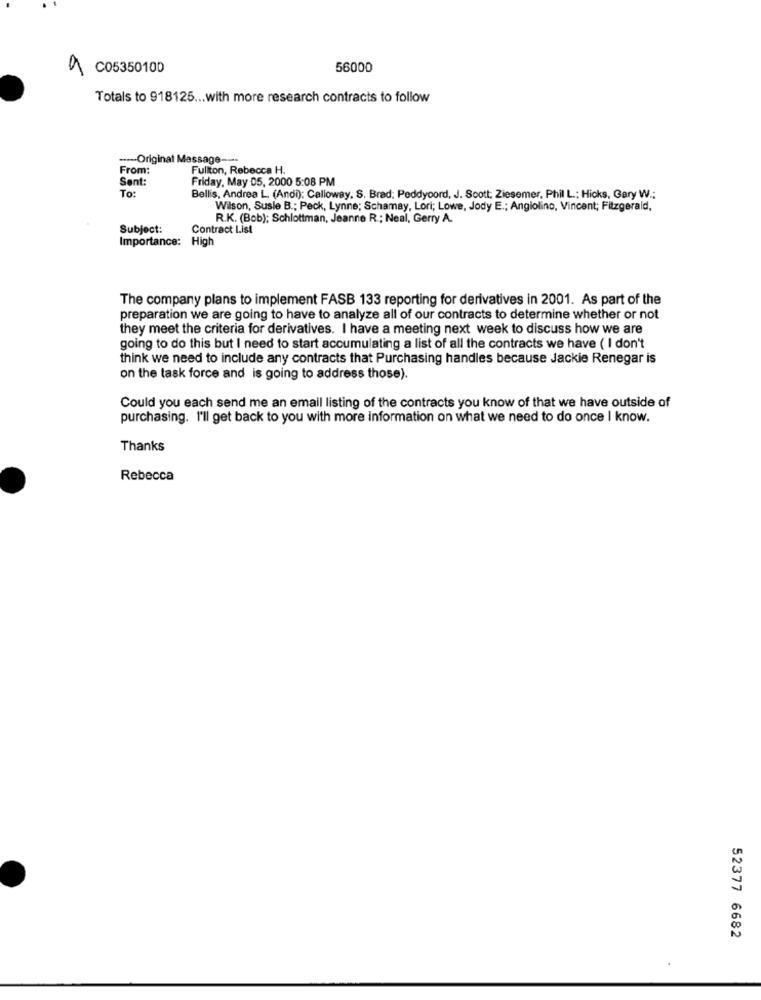
9
C05350100
56000
Totals to 918125 ... with more research contracts to follow
-- Original Message ---
From:
Fullton, Rebecca H.
Sent:
Friday, May 05, 2000 5:08 PM
To:
Bellis, Andrea L. (Andi): Calloway, S. Brad: Peddycord, J. Scott: Ziesemer, Phil L; Hicks, Gary W .;
Wilson, Susle B .; Peck, Lynne; Schamay, Lori; Lowe, Jody E .; Angiolino, Vincent; Fitzgerald,
R.K. (Bob): Schlottman, Jeanne R .; Neal, Gerry A.
Subject:
Contract List
Importance: High
The company plans to implement FASB 133 reporting for derivatives in 2001. As part of the
preparation we are going to have to analyze all of our contracts to determine whether or not
they meet the criteria for derivatives. I have a meeting next week to discuss how we are
going to do this but I need to start accumulating a list of all the contracts we have ( I don't
think we need to include any contracts that Purchasing handles because Jackie Renegar is
on the task force and is going to address those).
Could you each send me an email listing of the contracts you know of that we have outside of
purchasing. I'll get back to you with more information on what we need to do once I know.
Thanks
Rebecca
52377 6682